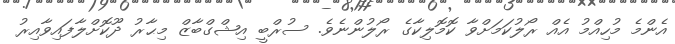
އެންމެ މުހިއްމު އެއް ރޯލުކަމަށްވާ ކޮމޮލިކާގެ ރޯލުންނެވެ. ސުރްބީ އިޝްގްބާޒް މިޙާރު ދޫކޮށްލާފައިވާއިރު